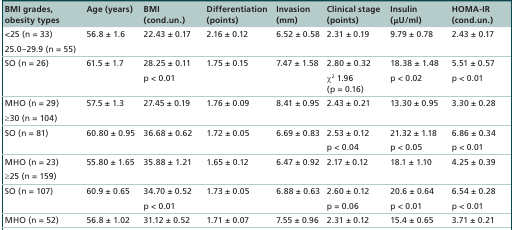
<table><thead><tr><td><b>BMI grades, obesity types</b></td><td><b>Age (years)</b></td><td><b>BMI (cond.un.)</b></td><td><b>Differentiation (points)</b></td><td><b>Invasion (mm)</b></td><td><b>Clinical stage (points)</b></td><td><b>Insulin (μU/ml)</b></td><td><b>HOMA-IR (cond.un.)</b></td></tr></thead><tbody><tr><td>&lt;25 (n = 33)</td><td>56.8 ± 1.6</td><td>22.43 ± 0.17</td><td>2.16 ± 0.12</td><td>6.52 ± 0.58</td><td>2.31 ± 0.19</td><td>9.79 ± 0.78</td><td>2.43 ± 0.17</td></tr><tr><td>25.0–29.9 (n = 55)</td><td> </td><td> </td><td> </td><td> </td><td> </td><td> </td><td> </td></tr><tr><td>SO (n = 26)</td><td>61.5 ± 1.7</td><td>28.25 ± 0.11</td><td>1.75 ± 0.15</td><td>7.47 ± 1.58</td><td>2.80 ± 0.32</td><td>18.38 ± 1.48</td><td>5.51 ± 0.57</td></tr><tr><td> </td><td> </td><td>p &lt; 0.01</td><td> </td><td> </td><td>χ<sup>2</sup> 1.96 (p = 0.16)</td><td>p &lt; 0.02</td><td>p &lt; 0.01</td></tr><tr><td>MHO (n = 29)</td><td>57.5 ± 1.3</td><td>27.45 ± 0.19</td><td>1.76 ± 0.09</td><td>8.41 ± 0.95</td><td>2.43 ± 0.21</td><td>13.30 ± 0.95</td><td>3.30 ± 0.28</td></tr><tr><td>≥30 (n = 104)</td><td> </td><td> </td><td> </td><td> </td><td> </td><td> </td><td> </td></tr><tr><td>SO (n = 81)</td><td>60.80 ± 0.95</td><td>36.68 ± 0.62</td><td>1.72 ± 0.05</td><td>6.69 ± 0.83</td><td>2.53 ± 0.12</td><td>21.32 ± 1.18</td><td>6.86 ± 0.34</td></tr><tr><td> </td><td> </td><td> </td><td> </td><td> </td><td>p &lt; 0.04</td><td>p &lt; 0.05</td><td>p &lt; 0.01</td></tr><tr><td>MHO (n = 23)</td><td>55.80 ± 1.65</td><td>35.88 ± 1.21</td><td>1.65 ± 0.12</td><td>6.47 ± 0.92</td><td>2.17 ± 0.12</td><td>18.1 ± 1.10</td><td>4.25 ± 0.39</td></tr><tr><td>≥25 (n = 159)</td><td> </td><td> </td><td> </td><td> </td><td> </td><td> </td><td> </td></tr><tr><td>SO (n = 107)</td><td>60.9 ± 0.65</td><td>34.70 ± 0.52</td><td>1.73 ± 0.05</td><td>6.88 ± 0.63</td><td>2.60 ± 0.12</td><td>20.6 ± 0.64</td><td>6.54 ± 0.28</td></tr><tr><td> </td><td> </td><td>p &lt; 0.01</td><td> </td><td> </td><td>p = 0.06</td><td>p &lt; 0.01</td><td>p &lt; 0.01</td></tr><tr><td>MHO (n = 52)</td><td>56.8 ± 1.02</td><td>31.12 ± 0.52</td><td>1.71 ± 0.07</td><td>7.55 ± 0.96</td><td>2.31 ± 0.12</td><td>15.4 ± 0.65</td><td>3.71 ± 0.21</td></tr></tbody></table>